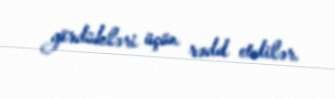
gördükləri üçün rədd etdilər.